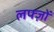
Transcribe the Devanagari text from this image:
लफ्ज़ों